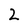
Character: 2